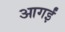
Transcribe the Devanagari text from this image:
आगईं